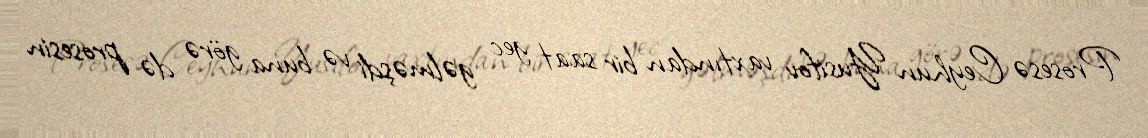
Prosesə Ceyhun Yusifov vaxtından bir saat gec gəlməşdi və buna görə də prosesin